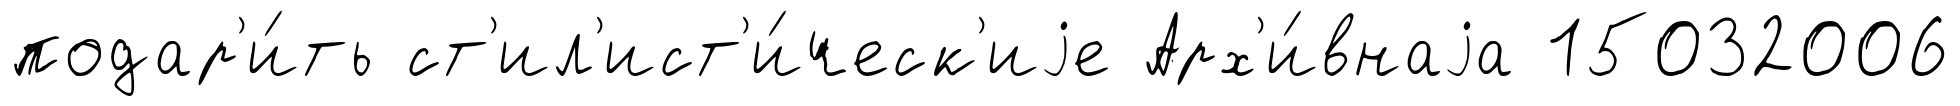
подар'и́ть ст'ил'ист'и́ческ'иjе Арх'и́внаjа 15032006